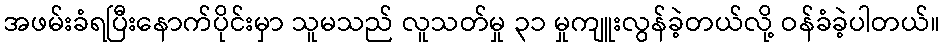
အဖမ်းခံရပြီးနောက်ပိုင်းမှာ သူမသည် လူသတ်မှု ၃၁ မှုကျူးလွန်ခဲ့တယ်လို့ ဝန်ခံခဲ့ပါတယ်။